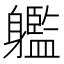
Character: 𨊔